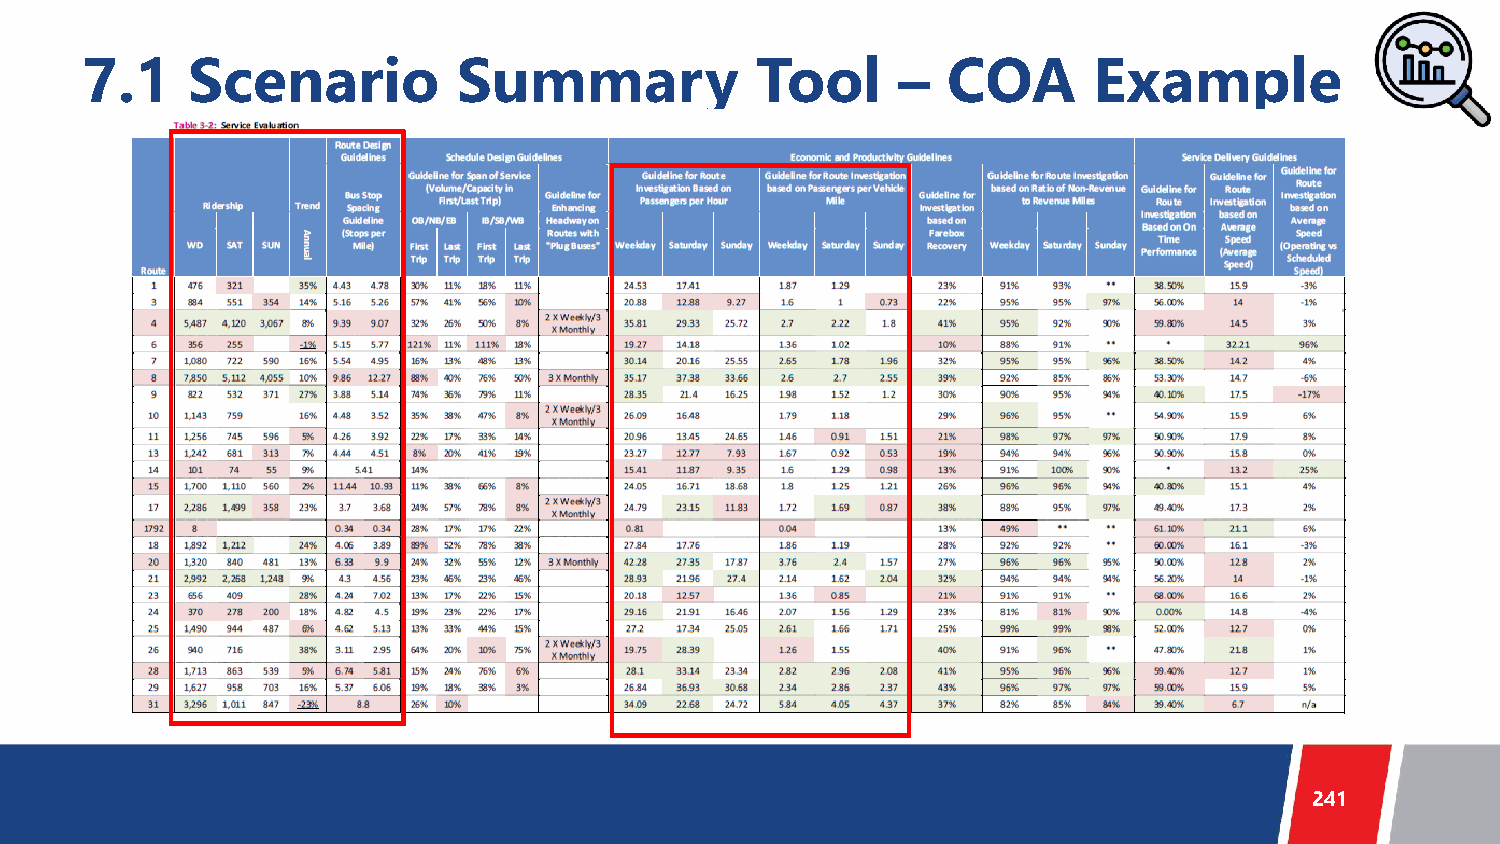
7.1    Scenario          Summary             Tool      –  COA      Example
 241